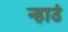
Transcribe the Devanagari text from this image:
न्हाउं